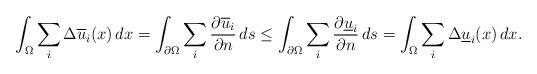
LaTeX: \begin{align*}\int_{\Omega}\sum_{i} \Delta \overline{u}_{i}(x)\, dx= \int_{\partial \Omega}\sum_{i} \frac{\partial \overline{u}_{i} } {\partial n} \, ds \le \int_{\partial \Omega} \sum_{i}\frac{\partial \underline{u}_{i} } {\partial n} \, ds= \int_{\Omega}\sum_{i} \Delta \underline{u}_{i}(x)\, dx. \end{align*}